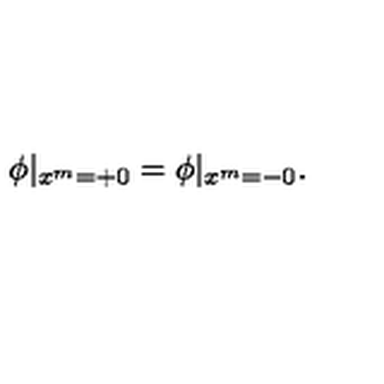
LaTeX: \phi \vert _ { x ^ { m } = + 0 } = \phi \vert _ { x ^ { m } = - 0 } .